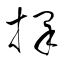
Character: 採